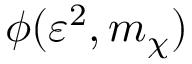
\phi ( \varepsilon ^ { 2 } , m _ { \chi } )